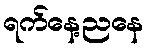
ရက်နေ့ညနေ